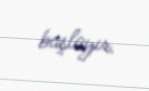
başlayır.